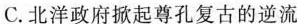
C.北洋政府掀起尊孔复古的逆流